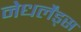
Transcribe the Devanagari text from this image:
नेधर्लेंड्स